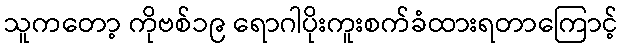
သူကတော့ ကိုဗစ်၁၉ ရောဂါပိုးကူးစက်ခံထားရတာကြောင့်